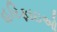
હરિફાઇઓ